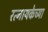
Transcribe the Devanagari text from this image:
रत्नायकेच्या